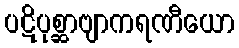
ပဋိပုစ္ဆာဗျာကရဏီယော